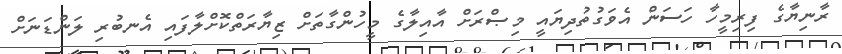
ރާނިޔާގެ ފިރިމީހާ ހަސަން އެވަގުތުދިޔައީ މިޞްރަށް އާއިލާގެ މީހުންގާތަށް ޒިޔާރަތްކޮށްލާފައި އެނބުރި ލަންޑަނަށް